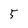
Character: 5